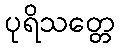
ပုရိသတ္တေ